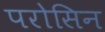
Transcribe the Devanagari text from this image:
परोसिन